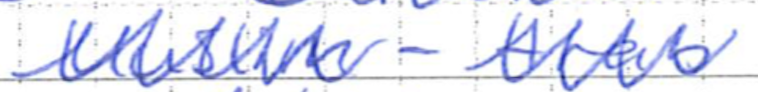
Text: Muslim-Arab
Cross-out: zig-zag
Writing tool: ballpoint